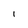
Character: I